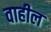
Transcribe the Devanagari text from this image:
वाहील